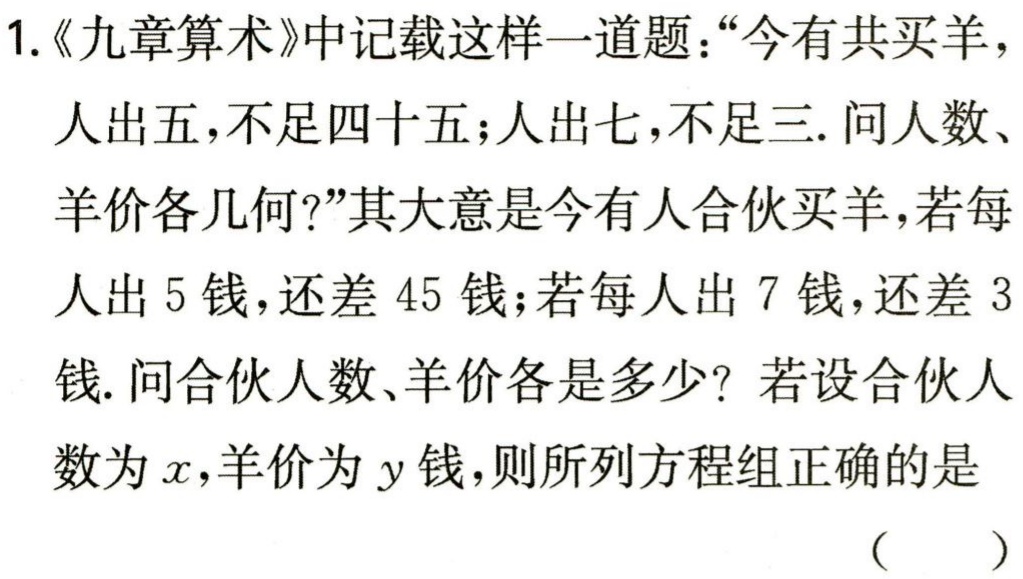
1.《九章算术》中记载这样一道题：“今有共买羊，人出五，不足四十五；人出七，不足三. 问人数、羊价各几何?”其大意是今有人合伙买羊，若每人出5钱，还差45钱；若每人出7钱，还差3钱. 问合伙人数、羊价各是多少？若设合伙人数为\(x\)，羊价为\(y\)钱，则所列方程组正确的是

（  ）